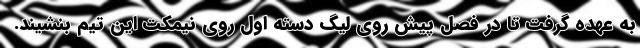
به عهده گرفت تا در فصل پیش روی لیگ دسته اول روی نیمکت این تیم بنشیند.